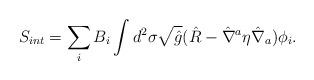
LaTeX: \begin{align*}S_{int} = \sum_{i} B_{i} \int d^{2} \sigma\sqrt{\hat{g}}(\hat{R}-{\hat{\nabla}}^{a}\eta {\hat{\nabla}}_{a})\phi_{i}.\end{align*}